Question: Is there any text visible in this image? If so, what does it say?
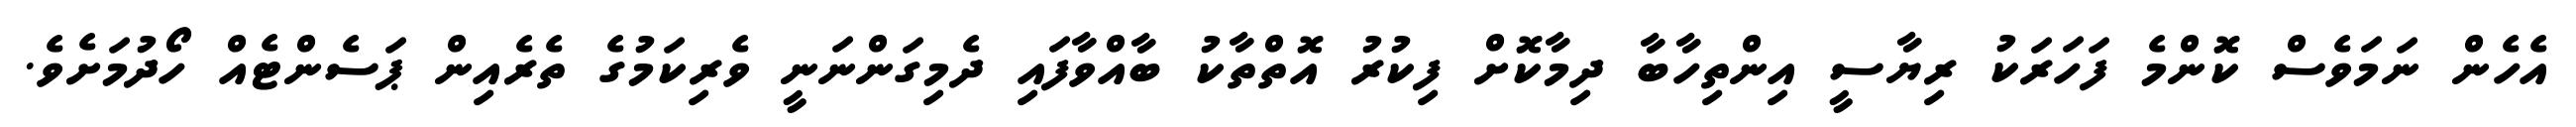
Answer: އެހެން ނަމަވެސް ކޮންމެ ފަހަރަކު ރިޔާސީ އިންތިހާބާ ދިމާކޮށް ފިކުރު އޮތްތާކު ބާއްވާފައި ދެމިގަންނަނީ ވެރިކަމުގެ ތެރެއިން ޕަސެންޓެއް ހޯދުމަށެވެ.